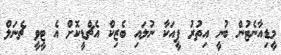
މީޑިއާނެޓުން ބުނީ އިތުރު ފީއަކާ ނުލައި ބެޒިކް އެޗްޑީކޮށް އެ ޓީވީ ޗެނަލް